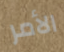
الأمر